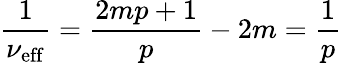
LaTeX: \frac{1}{\nu_{\mathrm{{eff}}}}=\frac{2mp+1}{p}-2m=\frac{1}{p}